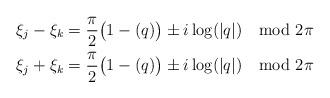
LaTeX: \begin{align*}\xi_j-\xi_k &= \frac{\pi}{2}\bigl(1-(q) \bigr) \pm i\log (| q |) \mod 2\pi \\\xi_j+\xi_k &= \frac{\pi}{2}\bigl(1-(q) \bigr) \pm i\log (| q |) \mod 2\pi\end{align*}